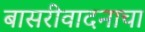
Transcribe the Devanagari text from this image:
बासरीवादनाचा